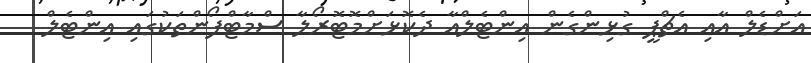
އަށްޑެލް އާއި އެޗްޕީ ގުޅިންގެން އިންޓެލްއާ ދެކޮޅަށްމޮޓޮރޯލާ ސްމާޓްފޯންތަކުގައި އިންޓެލް